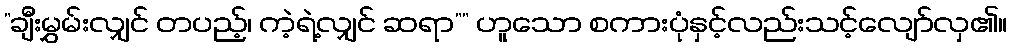
”ချီးမွှမ်းလျှင် တပည့်၊ ကဲ့ရဲ့လျှင် ဆရာ”” ဟူသော စကားပုံနှင့်လည်းသင့်လျော်လှ၏။